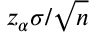
z _ { \alpha } \sigma / { \sqrt { n } }